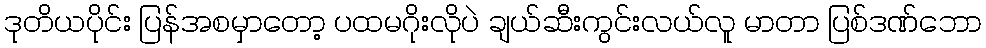
ဒုတိယပိုင်း ပြန်အစမှာတော့ ပထမဂိုးလိုပဲ ချယ်ဆီးကွင်းလယ်လူ မာတာ ပြစ်ဒဏ်ဘော